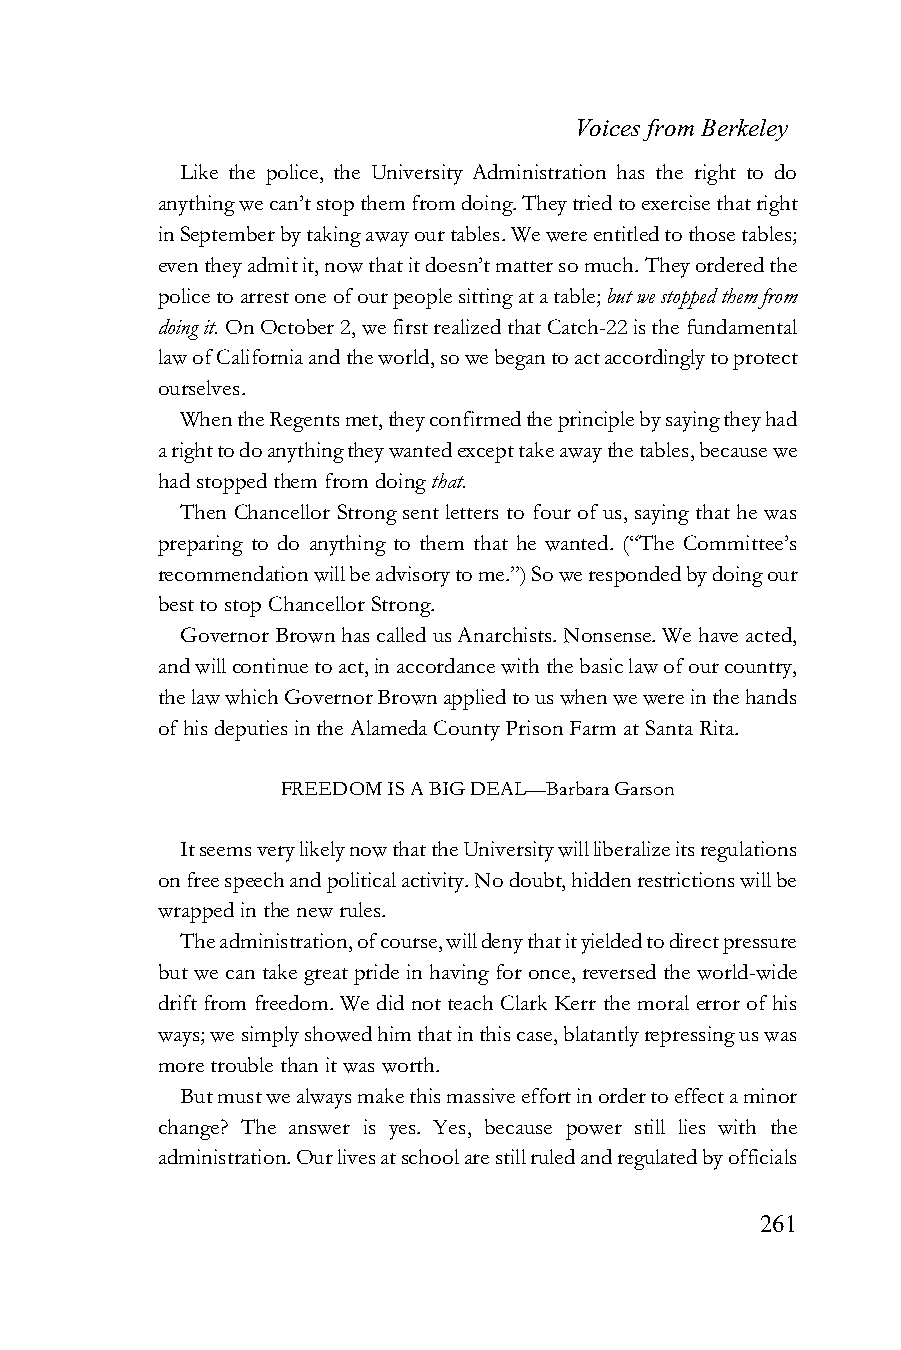
Voices from Berkeley
 Like the police, the University Administration has the right to do
 anything we can’t stop them from doing. They tried to exercise that right
 in September by taking away our tables. We were entitled to those tables;
 even they admit it, now that it doesn’t matter so much. They ordered the
 police to arrest one of our people sitting at a table; but we stopped them from
 doing it. On October 2, we first realized that Catch-22 is the fundamental
 law of California and the world, so we began to act accordingly to protect
 ourselves.
 When the Regents met, they confirmed the principle by saying they had
 a right to do anything they wanted except take away the tables, because we
 had stopped them from doing that.
 Then Chancellor Strong sent letters to four of us, saying that he was
 preparing to do anything to them that he wanted. (“The Committee’s
 recommendation will be advisory to me.”) So we responded by doing our
 best to stop Chancellor Strong.
 Governor Brown has called us Anarchists. Nonsense. We have acted,
 and will continue to act, in accordance with the basic law of our country,
 the law which Governor Brown applied to us when we were in the hands
 of his deputies in the Alameda County Prison Farm at Santa Rita.
 FREEDOM IS A BIG DEAL—Barbara Garson
 It seems very likely now that the University will liberalize its regulations
 on free speech and political activity. No doubt, hidden restrictions will be
 wrapped in the new rules.
 The administration, of course, will deny that it yielded to direct pressure
 but we can take great pride in having for once, reversed the world-wide
 drift from freedom. We did not teach Clark Kerr the moral error of his
 ways; we simply showed him that in this case, blatantly repressing us was
 more trouble than it was worth.
 But must we always make this massive effort in order to effect a minor
 change? The answer is yes. Yes, because power still lies with the
 administration. Our lives at school are still ruled and regulated by officials
 261